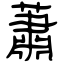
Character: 蕭